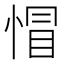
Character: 𢝌